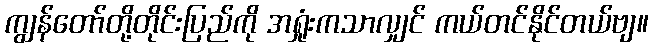
ကျွန်တော်တို့တိုင်းပြည်ကို အရှုံးကသာလျှင် ကယ်တင်နိုင်တယ်ဗျ။